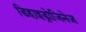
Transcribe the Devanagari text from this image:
डिहाइड्रोजिनेज